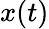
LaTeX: x(t)